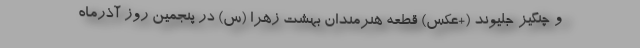
و چنگیز جلیوند (+عکس) قطعه هنرمندان بهشت زهرا (س) در پنجمین روز آذرماه